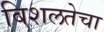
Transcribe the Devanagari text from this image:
विशलतेचा